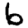
Digit: 6